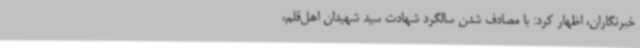
خبرنگاران، اظهار کرد: با مصادف شدن سالگرد شهادت سید شهیدان اهل‌قلم،